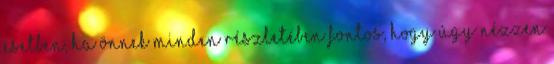
esetben, ha Önnek minden részletében fontos, hogy úgy nézzen